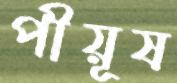
পীয়ূষ